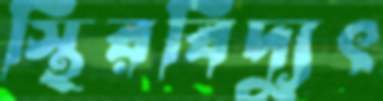
স্থিরবিদ্যুৎ